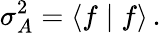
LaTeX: \sigma_{A}^{2}=\langle f\mid f\rangle\, .